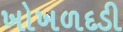
ખોખળદડી